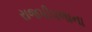
રાજપીપળાના